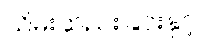
သိမ်းဆည်းခြင်းနှင့်